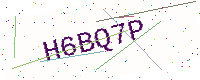
Text: H6BQ7P